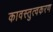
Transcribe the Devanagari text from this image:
कावस्तुत्वकरण